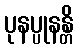
ပုနပ္ပုနန္တိ